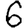
Digit: 6